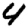
Digit: 4